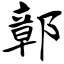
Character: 鄣